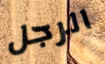
الرجل